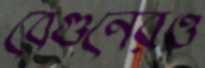
বেগুনেরও